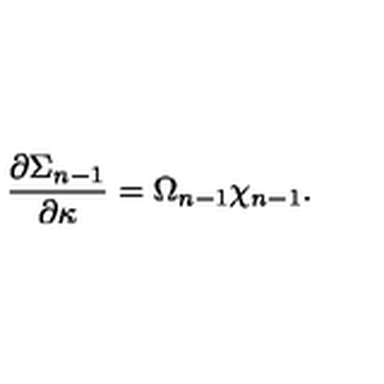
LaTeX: { \frac { \partial \Sigma _ { n - 1 } } { \partial \kappa } } = \Omega _ { n - 1 } \chi _ { n - 1 } .